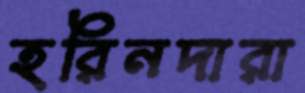
হরিনদারা